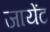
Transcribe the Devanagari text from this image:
जायेंट